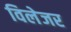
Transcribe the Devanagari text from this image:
विलेजर